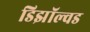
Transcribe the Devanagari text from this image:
डिझॉल्वड